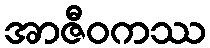
အာဇီဝကဿ